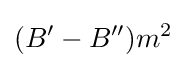
(B^{\prime }-B^{\prime \prime })m^{2}